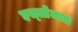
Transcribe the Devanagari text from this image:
इस्त्तेमाल